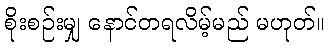
စိုးစဉ်းမျှ နောင်တရလိမ့်မည် မဟုတ်။